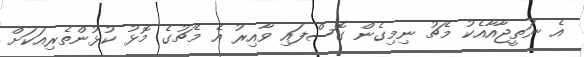
އެ ނަތީޖާއާއެކު މެޗު ނިމިގެން ގޮސްފައި ވާއިރު އެ މެޗުގެ މޮޅު ކުޅުންތެރިއަކަށް